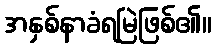
အနှစ်နာခံရမြဲဖြစ်၏။